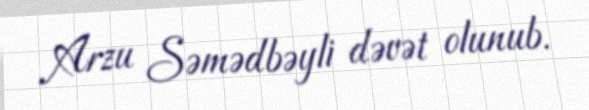
Arzu Səmədbəyli dəvət olunub.